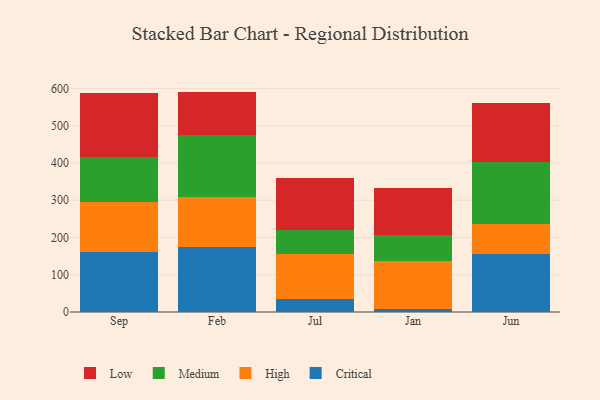
{"axis": {"x": "Month", "y": "Conversion Rate (%)"}, "legend": ["Critical", "High", "Low", "Medium"], "data": [{"x": "Sep", "y": 160.1, "type": "Critical"}, {"x": "Sep", "y": 135.6, "type": "High"}, {"x": "Sep", "y": 121.2, "type": "Medium"}, {"x": "Sep", "y": 171.5, "type": "Low"}, {"x": "Feb", "y": 173.4, "type": "Critical"}, {"x": "Feb", "y": 134.0, "type": "High"}, {"x": "Feb", "y": 167.5, "type": "Medium"}, {"x": "Feb", "y": 116.3, "type": "Low"}, {"x": "Jul", "y": 36.0, "type": "Critical"}, {"x": "Jul", "y": 119.6, "type": "High"}, {"x": "Jul", "y": 63.5, "type": "Medium"}, {"x": "Jul", "y": 139.7, "type": "Low"}, {"x": "Jan", "y": 9.3, "type": "Critical"}, {"x": "Jan", "y": 128.1, "type": "High"}, {"x": "Jan", "y": 68.2, "type": "Medium"}, {"x": "Jan", "y": 127.8, "type": "Low"}, {"x": "Jun", "y": 154.8, "type": "Critical"}, {"x": "Jun", "y": 80.2, "type": "High"}, {"x": "Jun", "y": 168.1, "type": "Medium"}, {"x": "Jun", "y": 156.9, "type": "Low"}]}